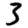
Digit: 3